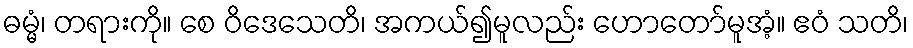
ဓမ္မံ၊ တရားကို။ စေ ဝိဒေသေတိ၊ အကယ်၍မူလည်း ဟောတော်မူအံ့။ ဧဝံ သတိ၊